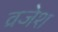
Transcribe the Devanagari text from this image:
व्रजेश